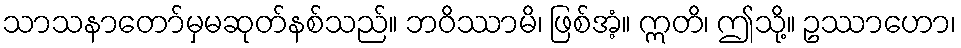
သာသနာတော်မှမဆုတ်နစ်သည်။ ဘဝိဿာမိ၊ ဖြစ်အံ့။ ဣတိ၊ ဤသို့။ ဥဿာဟော၊